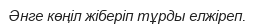
Әнге көңіл жіберіп тұрды елжіреп.